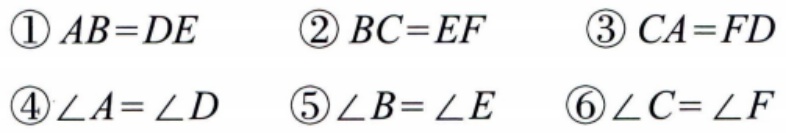
\textcircled{1} \(AB = DE\)  \textcircled{2} \(BC = EF\)  \textcircled{3} \(CA = FD\)
\textcircled{4} \(\angle A=\angle D\)  \textcircled{5} \(\angle B=\angle E\)  \textcircled{6} \(\angle C=\angle F\)